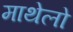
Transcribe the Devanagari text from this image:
माथेलो